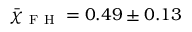
\bar { \chi } _ { \mathrm { ~ F ~ H ~ } } = 0 . 4 9 \pm 0 . 1 3